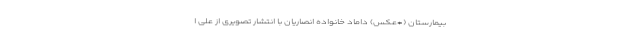
بیمارستان (+عکس) داماد خانواده انصاریان با انتشار تصویری از علی ا